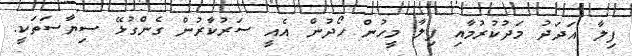
ފިލާ އަދަދު މަދުކުރުމާއި ފިލާ މީހުން ހޯދުން އެއީ ސަރުކާރުން ގެންގުޅޭ ސިޔާސަތަކީ.